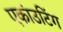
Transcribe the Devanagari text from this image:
एकांउटिंग